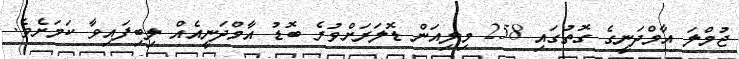
ޖުމްލަ އާމްދަނީގެ ގޮތުގައި 258 މިލިއަން ޑޮލަރަށްވުރެ ބޮޑު އާމްދަނީއެއް ލިބިފައިވާ ކަމަށެވެ.